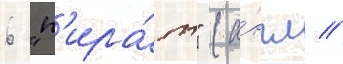
6 "п'ира́т" (а́нгл //